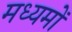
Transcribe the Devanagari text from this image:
मध्यमों